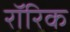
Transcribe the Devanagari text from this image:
रॉरिक